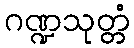
ဂဏ္ဍသုတ္တံ